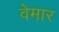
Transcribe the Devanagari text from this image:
वेमार